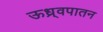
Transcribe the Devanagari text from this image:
ऊध्र्वपातन